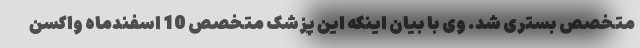
متخصص بستری شد. وی با بیان اینکه این پزشک متخصص 10 اسفندماه واکسن